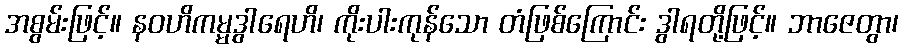
အစွမ်းဖြင့်။ နဝဟိကမ္မဒွါရေဟိ၊ ကိုးပါးကုန်သော တံဖြစ်ကြောင်း ဒွါရတို့ဖြင့်။ ဘာဇေတွာ၊